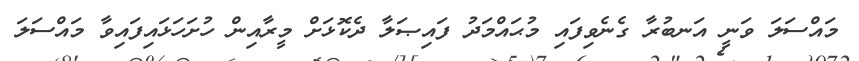
މައްސަލަ ވަނީ އަނބުރާ ގެނެވިފައި މުޙައްމަދު ފައިޞަލާ ދެކޮޅަށް މީރާއިން ހުށަހަޅައިފައިވާ މައްސަލަ